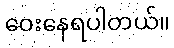
ဝေးနေရပါတယ်။